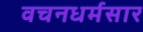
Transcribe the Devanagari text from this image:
वचनधर्मसार